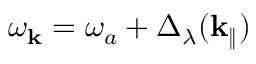
\omega _ { \mathbf { k } } = \omega _ { a } + \Delta _ { \lambda } ( { \textbf k } _ { \| } )